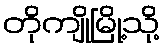
တိုကျိုမြို့သို့